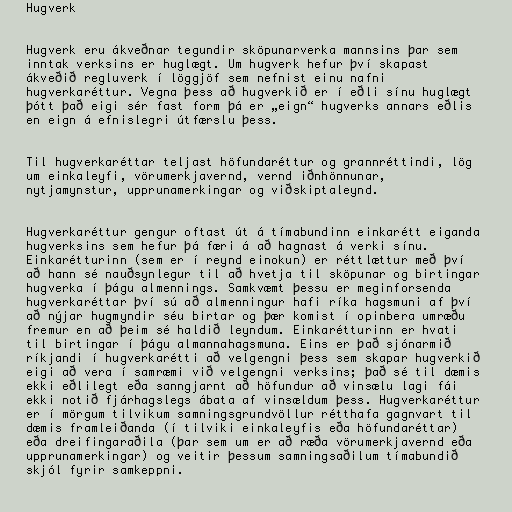
Hugverk

Hugverk eru ákveðnar tegundir sköpunarverka mannsins þar sem
inntak verksins er huglægt. Um hugverk hefur því skapast
ákveðið regluverk í löggjöf sem nefnist einu nafni
hugverkaréttur. Vegna þess að hugverkið er í eðli sínu huglægt
þótt það eigi sér fast form þá er „eign“ hugverks annars eðlis
en eign á efnislegri útfærslu þess.

Til hugverkaréttar teljast höfundaréttur og grannréttindi, lög
um einkaleyfi, vörumerkjavernd, vernd iðnhönnunar,
nytjamynstur, upprunamerkingar og viðskiptaleynd.

Hugverkaréttur gengur oftast út á tímabundinn einkarétt eiganda
hugverksins sem hefur þá færi á að hagnast á verki sínu.
Einkarétturinn (sem er í reynd einokun) er réttlættur með því
að hann sé nauðsynlegur til að hvetja til sköpunar og birtingar
hugverka í þágu almennings. Samkvæmt þessu er meginforsenda
hugverkaréttar því sú að almenningur hafi ríka hagsmuni af því
að nýjar hugmyndir séu birtar og þær komist í opinbera umræðu
fremur en að þeim sé haldið leyndum. Einkarétturinn er hvati
til birtingar í þágu almannahagsmuna. Eins er það sjónarmið
ríkjandi í hugverkarétti að velgengni þess sem skapar hugverkið
eigi að vera í samræmi við velgengni verksins; það sé til dæmis
ekki eðlilegt eða sanngjarnt að höfundur að vinsælu lagi fái
ekki notið fjárhagslegs ábata af vinsældum þess. Hugverkaréttur
er í mörgum tilvikum samningsgrundvöllur rétthafa gagnvart til
dæmis framleiðanda (í tilviki einkaleyfis eða höfundaréttar)
eða dreifingaraðila (þar sem um er að ræða vörumerkjavernd eða
upprunamerkingar) og veitir þessum samningsaðilum tímabundið
skjól fyrir samkeppni.